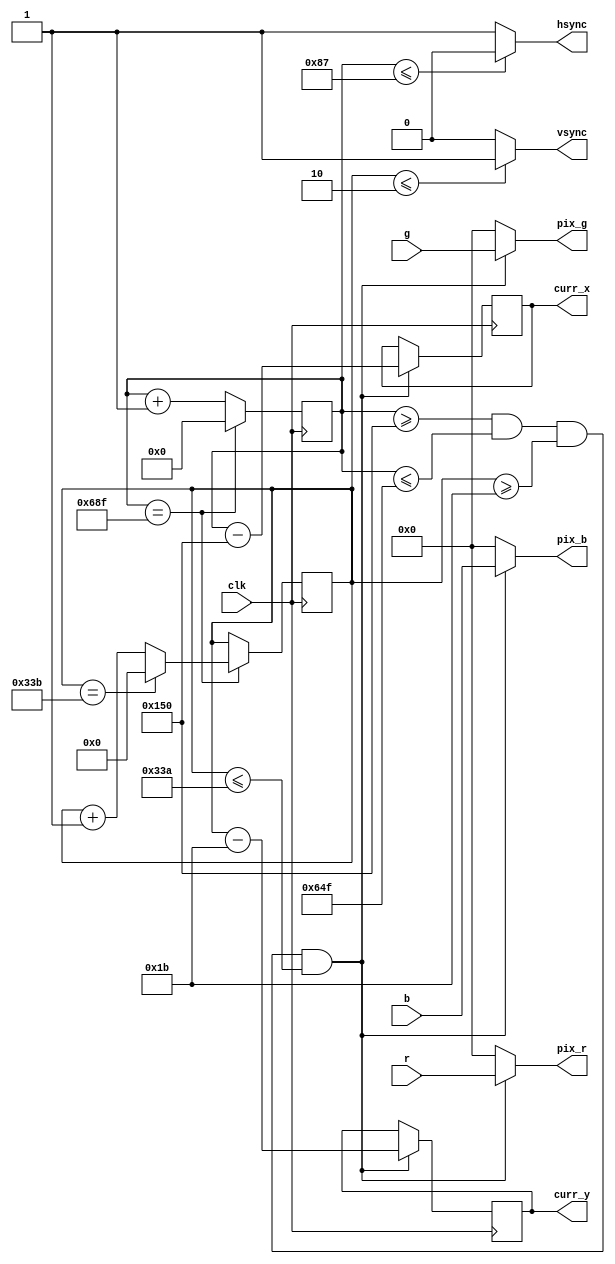
`timescale 1ns / 1ps
//////////////////////////////////////////////////////////////////////////////////
// Company: 
// Engineer: 
// 
// Design Name: 
// Module Name: vga_out
// Project Name: 
// Target Devices: 
// Tool Versions: 
// Description: 
// 
// Dependencies: 
// 
// Revision:
// Revision 0.01 - File Created
// Additional Comments:
// 
//////////////////////////////////////////////////////////////////////////////////


`timescale 1ns / 1ps
//////////////////////////////////////////////////////////////////////////////////
// Company: 
// Engineer: 
// 
// Design Name: 
// Module Name: vga_out
// Project Name: 
// Target Devices: 
// Tool Versions: 
// Description: 
// 
// Dependencies: 
// 
// Revision:
// Revision 0.01 - File Created
// Additional Comments:
// 
//////////////////////////////////////////////////////////////////////////////////


module vga_out (
    input clk,
    input [3:0] r,
    input [3:0] g,
    input [3:0] b,
    output [3:0] pix_r,    // 4-bit output for red pixel value
    output [3:0] pix_g,    // 4-bit output for green pixel value
    output [3:0] pix_b,    // 4-bit output for blue pixel value
    output hsync,          // horizontal sync pulse
    output vsync,           // vertical sync pulse
    output reg [10:0] curr_x,
    output reg [9:0] curr_y
);
//    reg [3:0] sw_r = 4'b1001; // Sample value
//    reg [3:0] sw_g = 4'b0011; // Sample value
//    reg [3:0] sw_b = 4'b0001; // Sample value
    
    // Declare internal counters
    reg [10:0] hcount = 0; // 11-bit horizontal counter
    reg [9:0] vcount = 0;  // 10-bit vertical counter
    
    always @(posedge clk) begin
        if (hcount == 1679) begin
            hcount <= 0;   // wrap around
            if (vcount == 827) begin
                vcount <= 0;   // wrap around
            end else begin
                vcount <= vcount + 1;
            end
        end else begin
            hcount <= hcount + 1;
        end
    end
    
    
    always @(posedge clk) begin
        if (hcount >= 336 && hcount <= 1615 && vcount >= 27 && vcount <= 826) begin
            curr_x <= hcount - 336;
            curr_y <= vcount - 27;
        end
    end

    // Assign values to sync pulses
    assign hsync = (hcount <= 135) ? 0 : 1;
    assign vsync = (vcount <= 2) ? 1 : 0;
    

//    always @* begin
//        if (curr_x > 520 && curr_x < 760 && curr_y > 300 && curr_y < 500) begin
//            // Inside the rectangle
//            r_color = 4'b1111; // Example: White color
//            g_color = 4'b1111;
//            b_color = 4'b1111;
//        end else begin
//            // Outside the rectangle (background)
//            r_color = 4'b0000; // Example: Black color
//            g_color = 4'b0000;
//            b_color = 4'b0000;
//        end
//    end

    // Set pixel values during the visible region
    assign pix_r = (hcount >= 336 && hcount <= 1615 && vcount >= 27 && vcount <= 826) ? r : 4'b0000;
    assign pix_g = (hcount >= 336 && hcount <= 1615 && vcount >= 27 && vcount <= 826) ? g : 4'b0000;
    assign pix_b = (hcount >= 336 && hcount <= 1615 && vcount >= 27 && vcount <= 826) ? b : 4'b0000;
    


endmodule